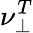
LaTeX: \nu_{\perp}^{T}